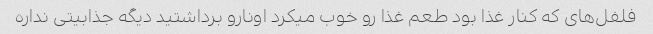
فلفل‌های که کنار غذا بود طعم غذا رو خوب میکرد اونارو برداشتید دیگه جذابیتی نداره